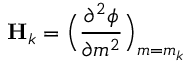
\mathbf { H } _ { k } = \Big ( \frac { \partial ^ { 2 } \phi } { \partial \b { m } ^ { 2 } } \Big ) _ { \b { m } = \b { m } _ { k } }